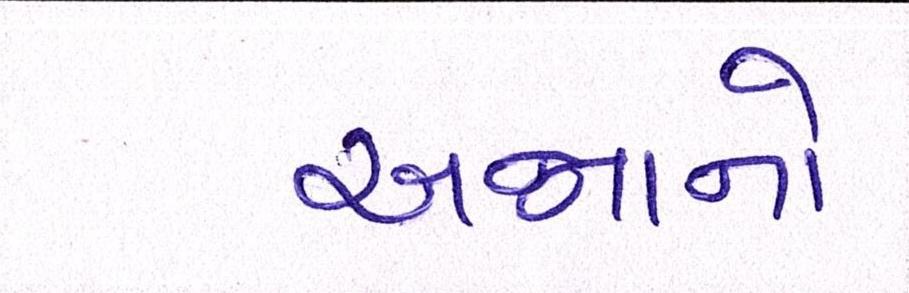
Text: અન્નાનો